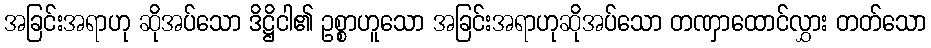
အခြင်းအရာဟု ဆိုအပ်သော ဒိဋ္ဌိငါ၏ ဥစ္စာဟူသော အခြင်းအရာဟုဆိုအပ်သော တဏှာထောင်လွှား တတ်သော